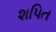
શપિત